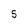
Character: 5